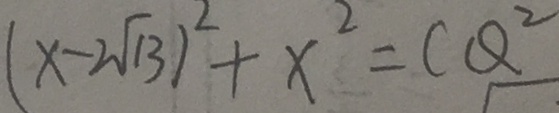
( x - 2 \sqrt { 1 3 } ) ^ { 2 } + x ^ { 2 } = C Q ^ { 2 }